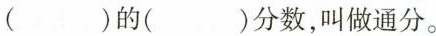
( )的( )分数，叫做通分。